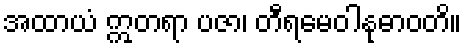
အထာယံ ဣတရာ ပဇာ၊ တီရမေဝါနုဓာဝတိ။